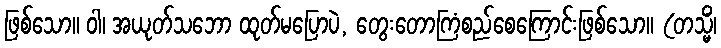
ဖြစ်သော။ ဝါ၊ အယုတ်သဘော ထုတ်မပြောပဲ, တွေးတောကြံစည်စေကြောင်းဖြစ်သော။ (တသ္မိံ၊